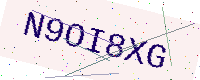
Text: N9OI8XG